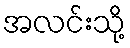
အလင်းသို့